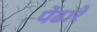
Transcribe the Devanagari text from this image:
पेंढारे